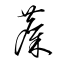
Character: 麋